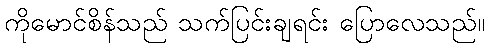
ကိုမောင်စိန်သည် သက်ပြင်းချရင်း ပြောလေသည်။